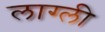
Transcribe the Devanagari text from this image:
लाग्ली